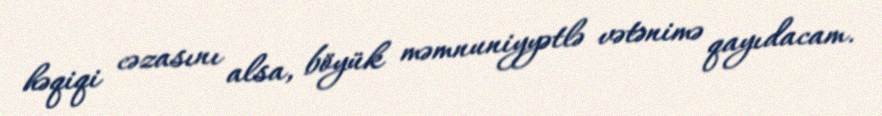
həqiqi cəzasını alsa, böyük məmnuniyyətlə vətənimə qayıdacam.